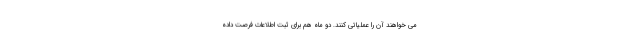
می خواهند آن را عملیاتی کنند. دو ماه هم برای ثبت اطلاعات فرصت داده